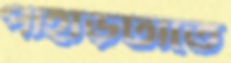
পাহাড়টাতে